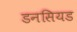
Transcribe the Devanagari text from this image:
डनसियड